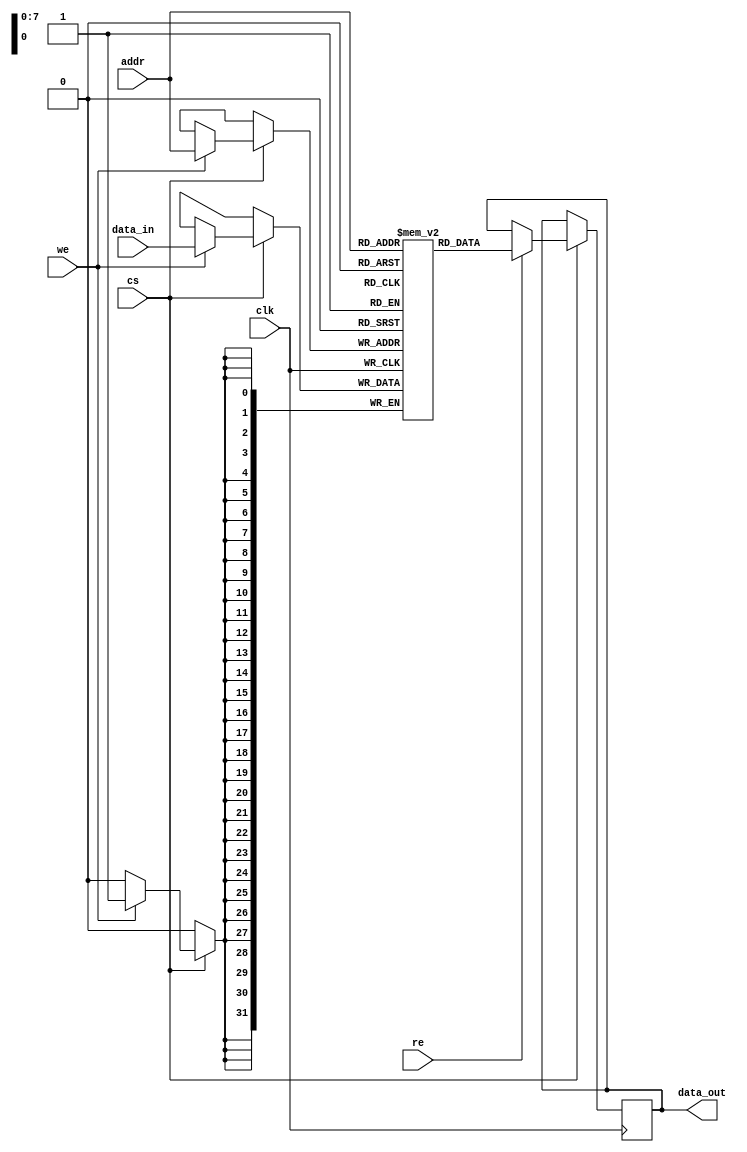
module bram #(
    parameter ADDR_WIDTH = 8,    // Number of bits for address
    parameter DATA_WIDTH = 32,    // Data width (bits)
    parameter DEPTH = 256          // Depth of the memory (number of locations)
)(
    input wire clk,               // Clock input
    input wire cs,                // Chip Select
    input wire we,                // Write Enable
    input wire re,                // Read Enable
    input wire [ADDR_WIDTH-1:0] addr, // Address input
    input wire [DATA_WIDTH-1:0] data_in, // Data input for write
    output reg [DATA_WIDTH-1:0] data_out // Data output for read
);

    // Memory array
    reg [DATA_WIDTH-1:0] mem_array [0:DEPTH-1];

    // Synchronous read and write operations
    always @(posedge clk) begin
        if (cs) begin
            // Write operation
            if (we) begin
                mem_array[addr] <= data_in;
            end
            
            // Read operation
            if (re) begin
                data_out <= mem_array[addr];
            end
        end
    end

    // Optional initialization block (Uncomment to use)
    /*
    initial begin
        integer i;
        for (i = 0; i < DEPTH; i = i + 1) begin
            mem_array[i] = 0; // Initialize memory to zero
        end
    end
    */

endmodule